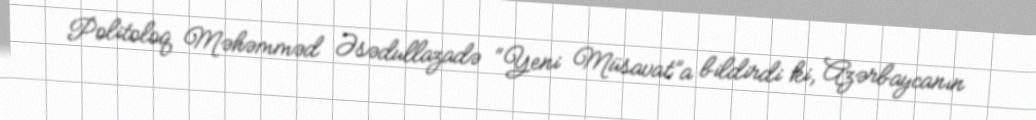
Politoloq Məhəmməd Əsədullazadə “Yeni Müsavat”a bildirdi ki, Azərbaycanın